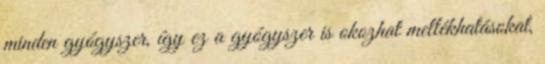
minden gyógyszer, így ez a gyógyszer is okozhat mellékhatásokat,